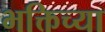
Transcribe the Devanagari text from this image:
भक्तिच्या